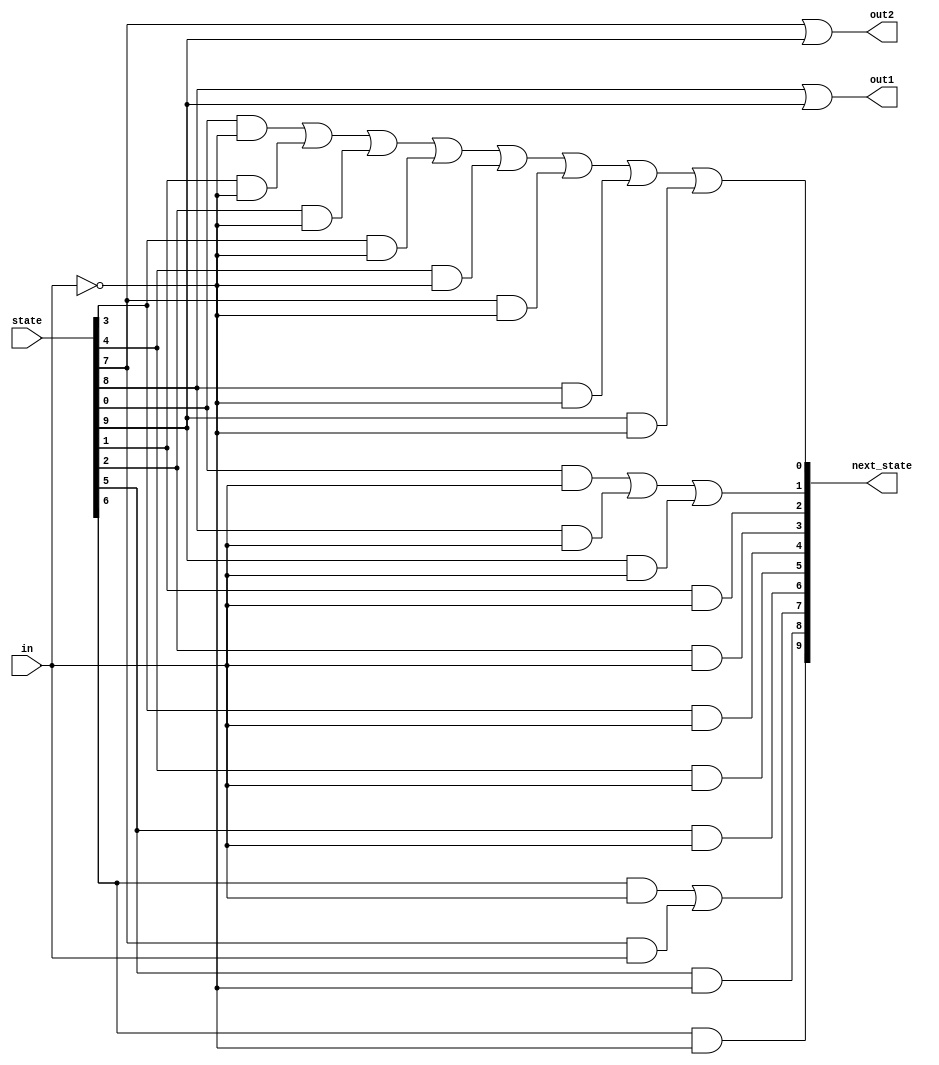
/*Given the following state machine with 1 input and 2 outputs:

Fsmonehot.png

Suppose this state machine uses one-hot encoding, where state[0] through state[9] correspond to the states S0 though S9, respectively. The outputs are zero unless otherwise specified.

Implement the state transition logic and output logic portions of the state machine (but not the state flip-flops). You are given the current state in state[9:0] and must produce next_state[9:0] and the two outputs. Derive the logic equations by inspection assuming a one-hot encoding. 
(The testbench will test with non-one hot inputs to make sure you're not trying to do something more complicated).*/
module top_module(
    input in,
    input [9:0] state,
    output [9:0] next_state,
    output out1,
    output out2);
    parameter s0=10'd1,s1=10'd2,s2=10'd4,s3=10'd8,s4=10'd16,s5=10'd32,s6=10'd64,s7=10'd128,s8=10'd256,s9=10'd512;
    assign next_state[0]=(state[0]&(~in))|(state[1]&(~in))|(state[2]&(~in))|(state[3]&(~in))|(state[4]&(~in))|(state[7]&(~in))|(state[8]&(~in))|(state[9]&(~in));
    assign next_state[1]=(state[0]&(in))|(state[8]&(in))|(state[9]&(in));
    assign next_state[2]=state[1]&in;
    assign next_state[3]=state[2]&in;
    assign next_state[4]=state[3]&in;
    assign next_state[5]=state[4]&in;
    assign next_state[6]=state[5]&in;
    assign next_state[7]=state[6]&in|state[7]&in;
  
    assign next_state[8]=state[5]&~in;
    assign next_state[9]=state[6]&~in;
    
    assign out1=state[8]|state[9];
    assign out2=state[7]|state[9];
            

endmodule